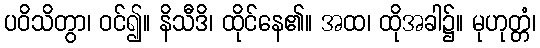
ပဝိသိတွာ၊ ဝင်၍။ နိသီဒိ၊ ထိုင်နေ၏။ အထ၊ ထိုအခါ၌။ မုဟုတ္တံ၊